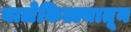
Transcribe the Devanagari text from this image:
बालेकिल्ल्यातून